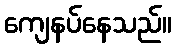
ကျေနပ်နေသည်။